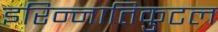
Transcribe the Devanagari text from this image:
इरिन्नातिकुटल